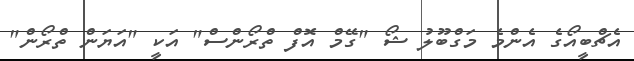
އެޗްބީއޯގެ އެންމެ މަގްބޫލު ޝޯ "ގޭމް އޮފް ތްރޯންސް" އަކީ "އަޔަން ތްރޯން"